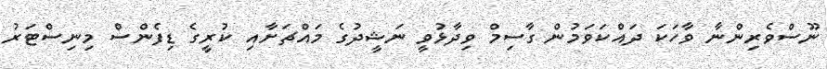
ނޫސްވެރިންނާ ވާހަކަ ދައްކަވަމުން ގާސިމް ވިދާޅުވީ ނަޝީދުގެ މައްޗަށާއި ކުރީގެ ޑިފެންސް މިނިސްޓަރު